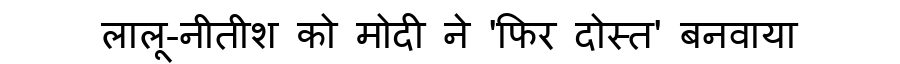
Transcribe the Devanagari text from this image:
लालू-नीतीश को मोदी ने 'फिर दोस्त' बनवाया